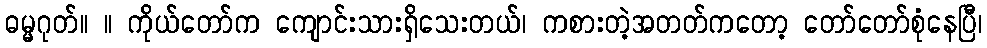
ဓမ္မဂုတ်။ ။ ကိုယ်တော်က ကျောင်းသားရှိသေးတယ်၊ ကစားတဲ့အတတ်ကတော့ တော်တော်စုံနေပြီ၊